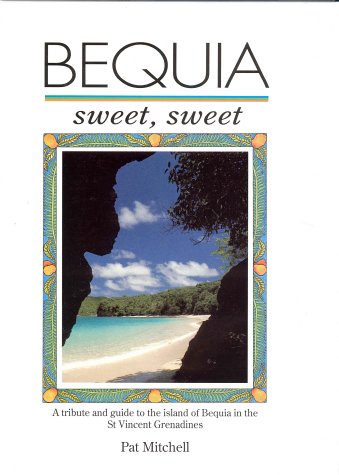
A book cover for Bequia Sweet Sweet: A Tribute and Guide to the Island of Bequia in the St.Vincent Grenadines; Pat Mitchell; Travel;